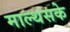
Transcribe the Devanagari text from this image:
माल्थसके